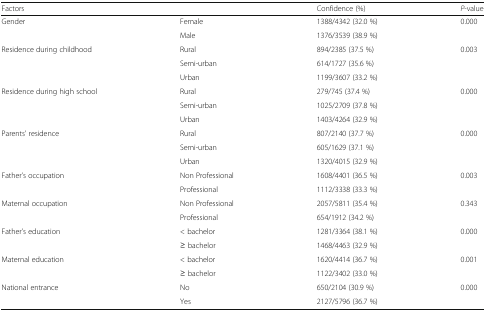
<table><thead><tr><td><b>Factors</b></td><td></td><td><b>Confidence (%)</b></td><td><b><i>P</i>-value</b></td></tr></thead><tbody><tr><td rowspan="2">Gender</td><td>Female</td><td>1388/4342 (32.0 %)</td><td rowspan="2">0.000</td></tr><tr><td>Male</td><td>1376/3539 (38.9 %)</td></tr><tr><td rowspan="3">Residence during childhood</td><td>Rural</td><td>894/2385 (37.5 %)</td><td rowspan="3">0.003</td></tr><tr><td>Semi-urban</td><td>614/1727 (35.6 %)</td></tr><tr><td>Urban</td><td>1199/3607 (33.2 %)</td></tr><tr><td rowspan="3">Residence during high school</td><td>Rural</td><td>279/745 (37.4 %)</td><td rowspan="3">0.000</td></tr><tr><td>Semi-urban</td><td>1025/2709 (37.8 %)</td></tr><tr><td>Urban</td><td>1403/4264 (32.9 %)</td></tr><tr><td rowspan="3">Parents’ residence</td><td>Rural</td><td>807/2140 (37.7 %)</td><td rowspan="3">0.000</td></tr><tr><td>Semi-urban</td><td>605/1629 (37.1 %)</td></tr><tr><td>Urban</td><td>1320/4015 (32.9 %)</td></tr><tr><td rowspan="2">Father’s occupation</td><td>Non Professional</td><td>1608/4401 (36.5 %)</td><td rowspan="2">0.003</td></tr><tr><td>Professional</td><td>1112/3338 (33.3 %)</td></tr><tr><td rowspan="2">Maternal occupation</td><td>Non Professional</td><td>2057/5811 (35.4 %)</td><td rowspan="2">0.343</td></tr><tr><td>Professional</td><td>654/1912 (34.2 %)</td></tr><tr><td rowspan="2">Father’s education</td><td>&lt; bachelor</td><td>1281/3364 (38.1 %)</td><td rowspan="2">0.000</td></tr><tr><td>≥ bachelor</td><td>1468/4463 (32.9 %)</td></tr><tr><td rowspan="2">Maternal education</td><td>&lt; bachelor</td><td>1620/4414 (36.7 %)</td><td rowspan="2">0.001</td></tr><tr><td>≥ bachelor</td><td>1122/3402 (33.0 %)</td></tr><tr><td rowspan="2">National entrance</td><td>No</td><td>650/2104 (30.9 %)</td><td rowspan="2">0.000</td></tr><tr><td>Yes</td><td>2127/5796 (36.7 %)</td></tr></tbody></table>